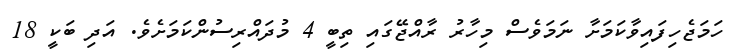
ހަމަޖެހިފައިވާކަމަށާ ނަމަވެސް މިހާރު ރާއްޖޭގައި ތިބީ 4 މުދައްރިސުންކަމަށެވެ. އަދި ބަކީ 18